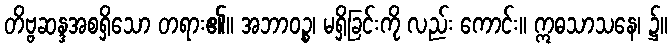
တိဗ္ဗဆန္ဒအစရှိသော တရား၏။ အဘာဝဉ္စ၊ မရှိခြင်းကို လည်း ကောင်း။ ဣဓသာသနေ၊ ၌။